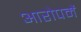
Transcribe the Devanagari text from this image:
आरोपमें